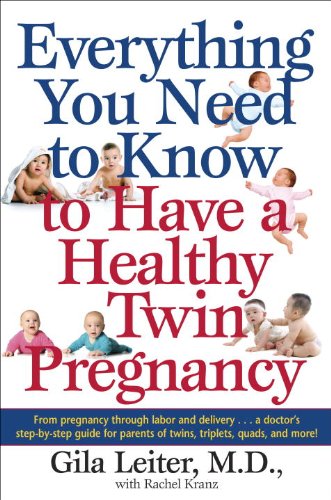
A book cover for Everything You Need to Know to Have a Healthy Twin Pregnancy; Gila Leiter; Parenting & Relationships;